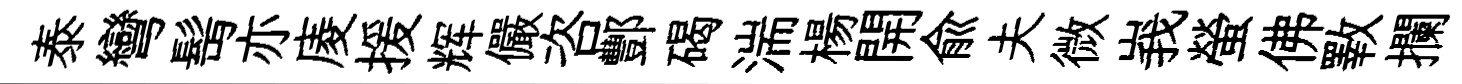
泰彎髩亦庱援辉儼咨酆碣湍楊開兪夫微峩螢佛斁攔